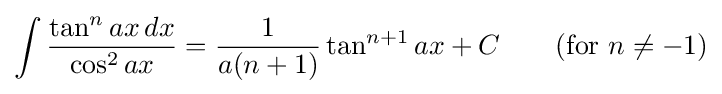
\int {\frac {\tan ^{n}ax\,dx}{\cos ^{2}ax}}={\frac {1}{a(n+1)}}\tan ^{n+1}ax+C\qquad {\mbox{(for }}n\neq -1{\mbox{)}}